Subject: econ
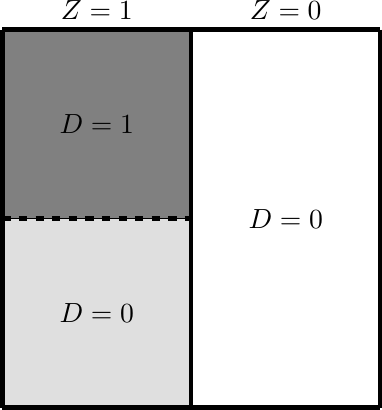
LaTeX code:
\begin{tikzpicture}[scale=.6]
\draw [fill=gray!100] (-4,0) to (0,0) to (0,-4) to (-4,-4);
\draw [fill=gray!25] (-4,-4) to (0,-4) to (0,-8) to (-4,-8);

\draw [ultra thick][-] (-4,0) -- (4,0);
\draw [dashed, ultra thick][-] (-4,-4) -- (0,-4);
\draw [ultra thick][-] (-4,-8) -- (4,-8);
\draw [ultra thick][-] (-4,0) -- (-4,-8);
\draw [ultra thick][-] (0,0) -- (0,-8);
\draw [ultra thick][-] (4,0) -- (4,-8);

\node[align=center, above] at (-2,0)
{$Z=1$};
\node[align=center] at (-2,-2)
{$D=1$};
\node[align=center] at (-2,-6)
{$D=0$};
\node[align=center] at (2,-4)
{$D=0$};
\node[align=center, above] at (2,0)
{$Z=0$};
\end{tikzpicture}